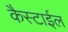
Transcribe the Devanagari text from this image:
कैस्टाईल